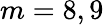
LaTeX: m=8,9